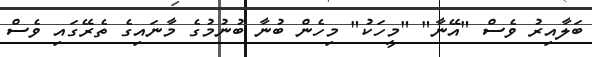
ބަލާއިރު ވެސް "އޭނާ" "މީހަކު" މިހެން ބުނާ ބުނުމުގެ މާނައިގެ ތެރޭގައި ވެސް